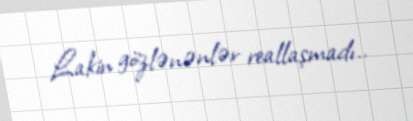
Lakin gözlənənlər reallaşmadı..